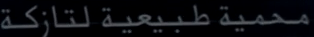
محميةًطبيعيةًلت